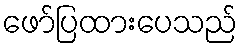
ဖော်ပြထားပေသည်